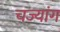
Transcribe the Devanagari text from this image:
चज्यांग